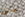
حانتي